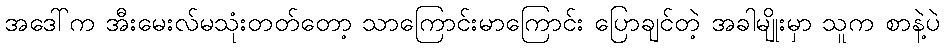
အဒေါ်က အီးမေးလ်မသုံးတတ်တော့ သာကြောင်းမာကြောင်း ပြောချင်တဲ့ အခါမျိုးမှာ သူက စာနဲ့ပဲ